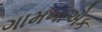
ગામનાએક